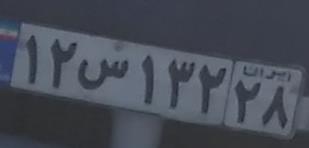
۱۲س۱۳۲۲۸